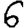
Digit: 6